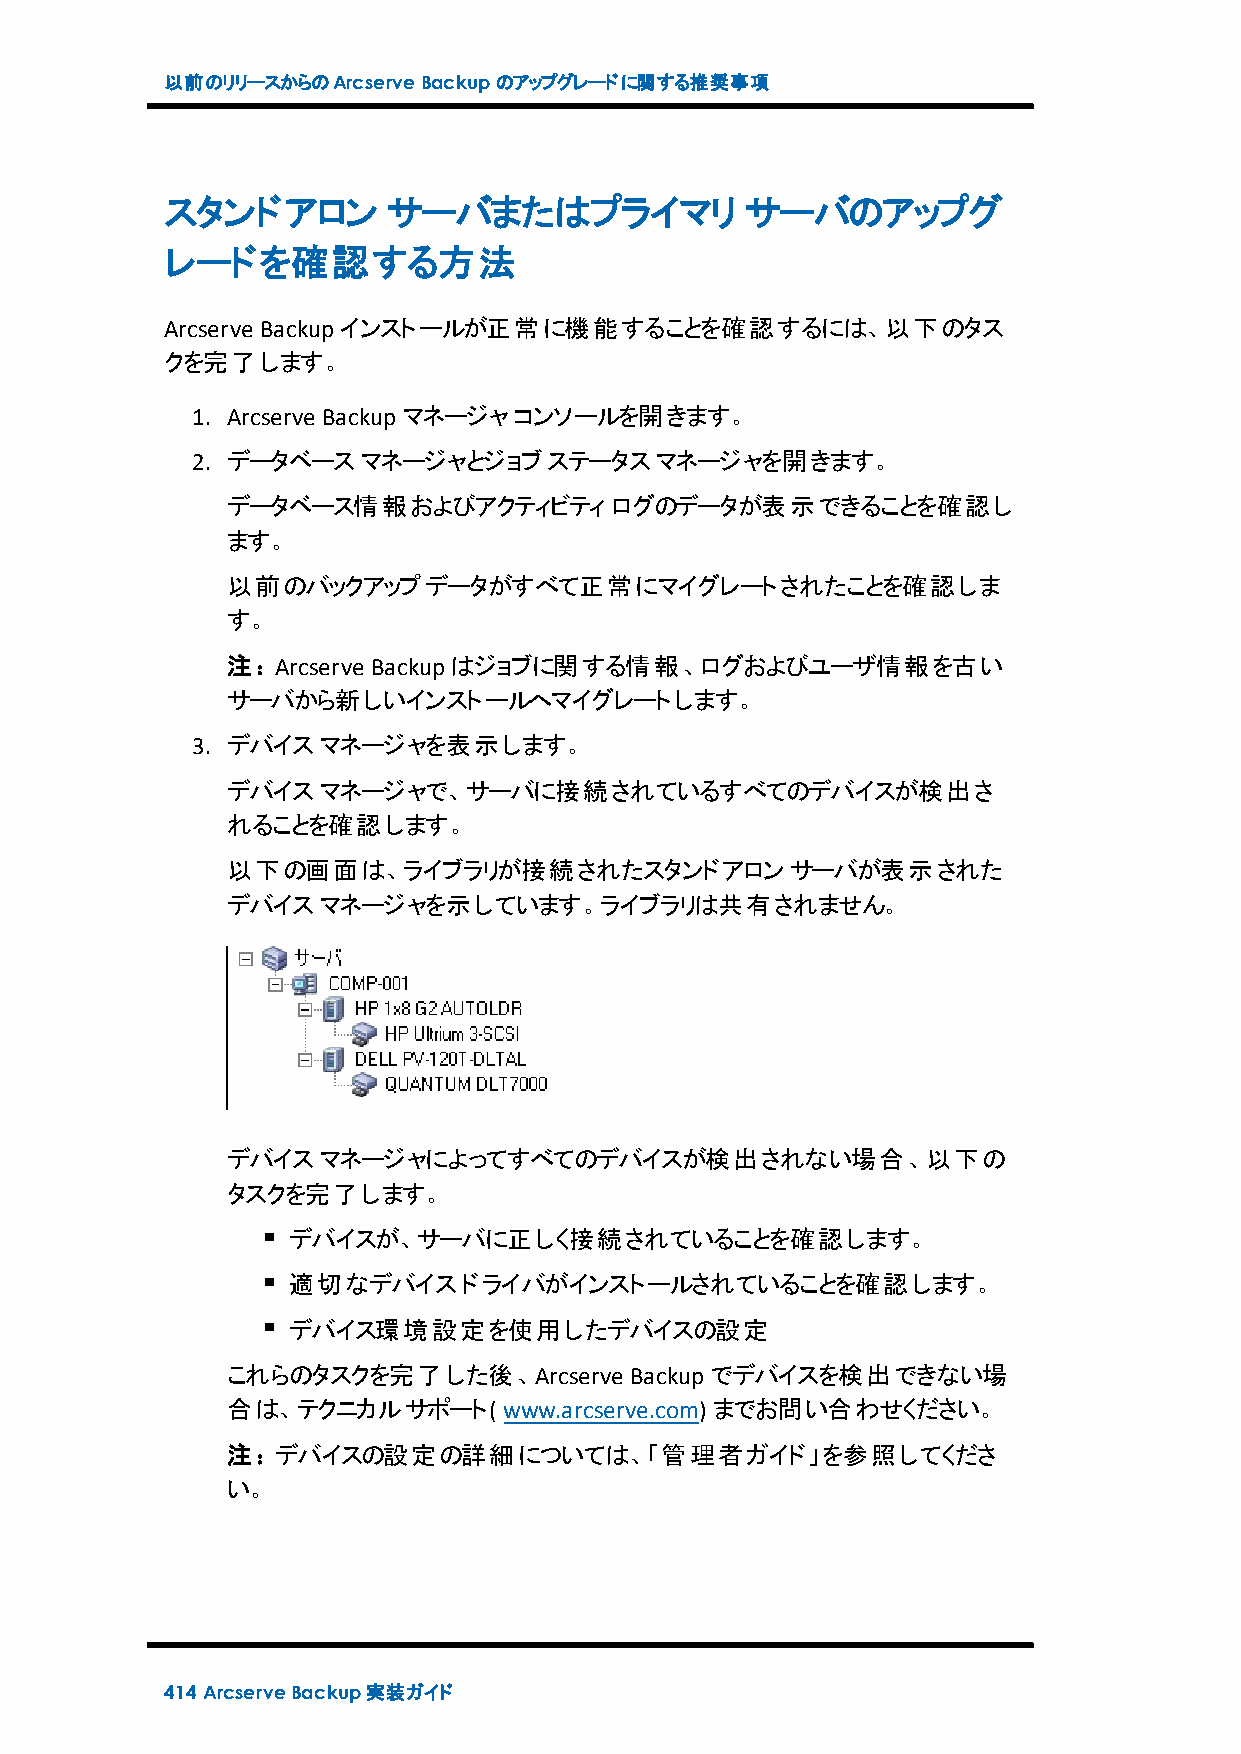
以前のリリースからのArcserveBackupのアップグレードに関する推奨事項
 スタンドアロン        サーバまたはプライマリ            サーバのアップグ
 レードを確認する方法
 Arcserve Backupインストールが正常に機能することを確認するには、以下のタス
 クを完了します。
 1. Arcserve Backupマネージャコンソールを開きます。
 2. データベースマネージャとジョブステータスマネージャを開きます。
 データベース情報およびアクティビティログのデータが表示できることを確認し
 ます。
 以前のバックアップデータがすべて正常にマイグレートされたことを確認しま
 す。
 注：Arcserve Backupはジョブに関する情報、ログおよびユーザ情報を古い
 サーバから新しいインストールへマイグレートします。
 3. デバイスマネージャを表示します。
 デバイスマネージャで、サーバに接続されているすべてのデバイスが検出さ
 れることを確認します。
 以下の画面は、ライブラリが接続されたスタンドアロンサーバが表示された
 デバイスマネージャを示しています。ライブラリは共有されません。
 デバイスマネージャによってすべてのデバイスが検出されない場合、以下の
 タスクを完了します。
 デバイスが、サーバに正しく接続されていることを確認します。
 適切なデバイスドライバがインストールされていることを確認します。
 デバイス環境設定を使用したデバイスの設定
 これらのタスクを完了した後、Arcserve     Backupでデバイスを検出できない場
 合は、テクニカルサポート(     www.arcserve.com) までお問い合わせください。
 注：デバイスの設定の詳細については、「管理者ガイド」を参照してくださ
 い。
 414 ArcserveBackup実装ガイド